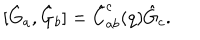
[ \hat { G } _ { a } , \hat { G } _ { b } ] = \hat { C } _ { a b } ^ { c } ( q ) \hat { G } _ { c } .